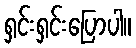
ရှင်းရှင်းပြောပါ။